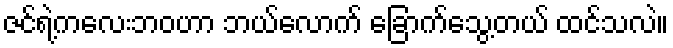
ဇင်ရဲ့ကလေးဘဝဟာ ဘယ်လောက် ခြောက်သွေ့တယ် ထင်သလဲ။